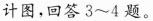
计图，回答3~4题。